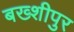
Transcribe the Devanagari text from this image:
बख्शीपुर